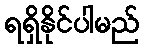
ရရှိနိုင်ပါမည်